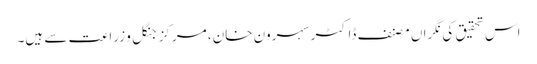
اس تحقیق کی نگراں مصنف ڈاکٹر سہرون خان، مرکز جنگل و زراعت سے ہیں۔